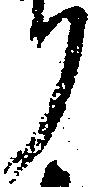
り